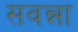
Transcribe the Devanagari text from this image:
सवन्ना